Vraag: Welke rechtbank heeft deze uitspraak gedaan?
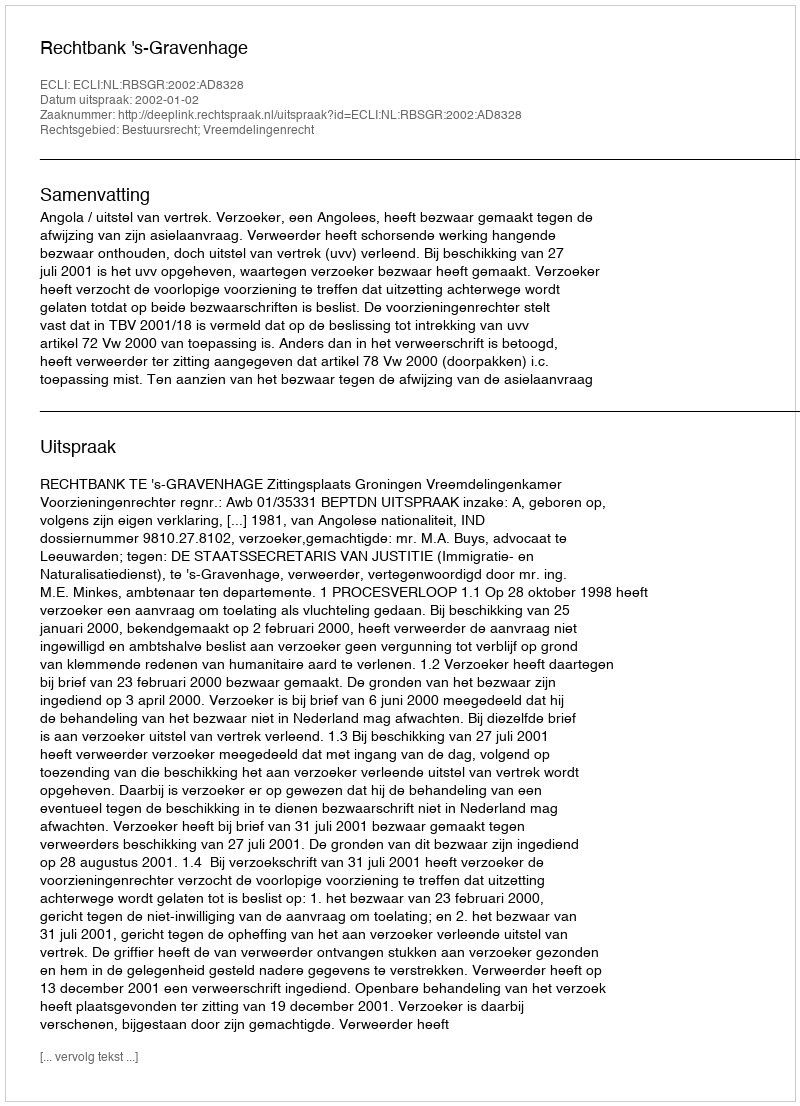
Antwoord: Rechtbank 's-Gravenhage